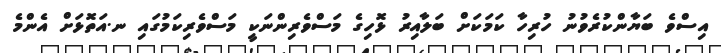
އިސްވެ ބަޔާންކުރެވުނު ހުރިހާ ކަމަކަށް ބަލާއިރު ޅޮހިގެ މަސްވެރިންނަކީ މަސްވެރިކަމުގައި ނ.އަތޮޅަށް އެންމެ